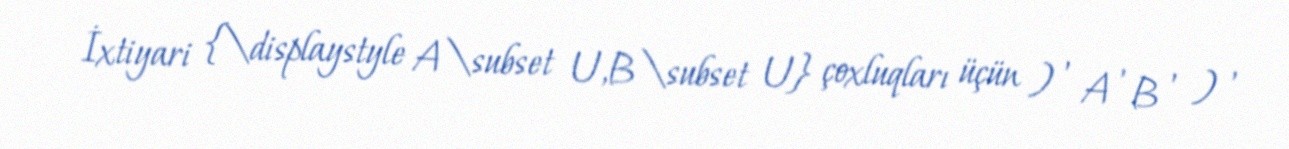
İxtiyari {\displaystyle A\subset U,B\subset U} çoxluqları üçün ) ′ A ′ B ′ ) ′